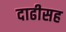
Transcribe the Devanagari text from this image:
दाढीसह